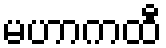
မဟာကထီ